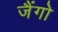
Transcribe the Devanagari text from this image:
जैंगो